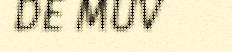
DE MUV